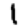
Digit: 1